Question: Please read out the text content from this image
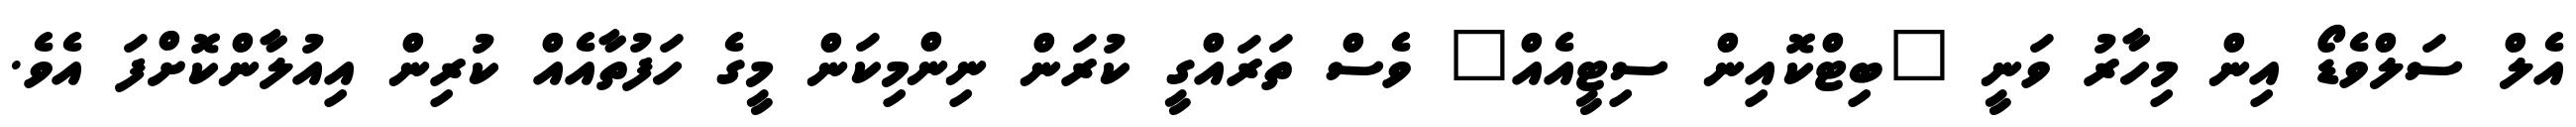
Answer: އެލް ސަލްވެޑޯ އިން މިހާރު ވަނީ "ބިޓްކޮއިން ސިޓީއެއް" ވެސް ތަރައްގީ ކުރަން ނިންމިކަން މީގެ ހަފުތާއެއް ކުރިން އިއުލާންކޮށްފަ އެވެ.